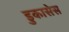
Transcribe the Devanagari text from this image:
डुकासेस